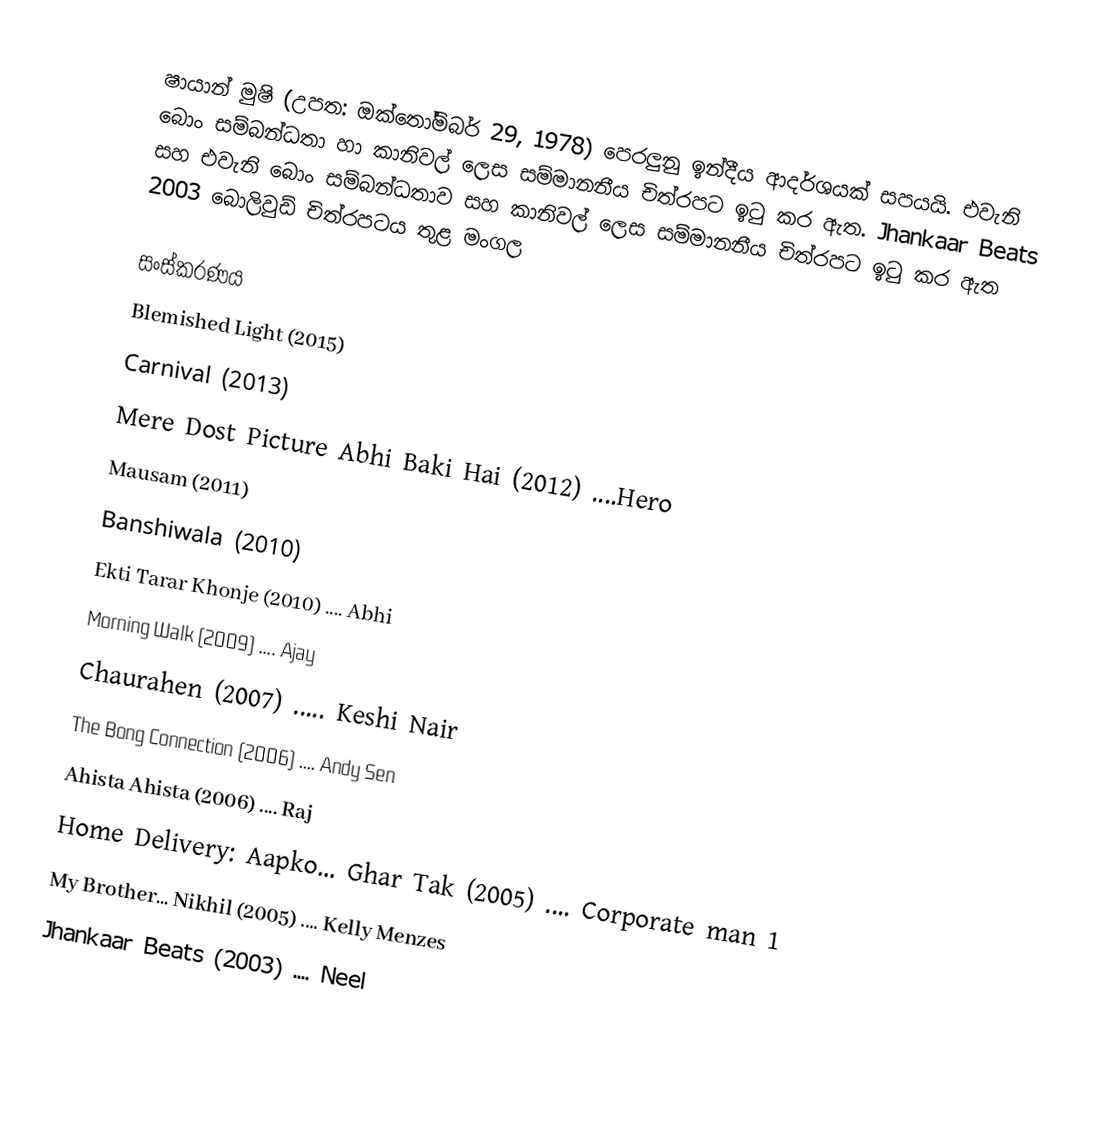
ෂායාන් මුෂි  	(උපත: ඔක්තෝම්බර් 29, 1978) පෙරලුනු ඉන්දීය ආදර්ශයක් සපයයි. එවැනි බොං සම්බන්ධතා හා කානිවල් ලෙස සම්මානනීය චිත්රපට ඉටු කර ඇත. Jhankaar Beats සහ එවැනි බොං සම්බන්ධතාව සහ කානිවල් ලෙස සම්මානනීය චිත්රපට ඉටු කර ඇත 2003 බොලිවුඩ් චිත්රපටය තුළ මංගල

සංස්කරණය
 Blemished Light (2015)
 Carnival (2013)
 Mere Dost Picture Abhi Baki Hai (2012) ....Hero
 Mausam (2011)
 Banshiwala (2010)
 Ekti Tarar Khonje (2010) .... Abhi
 Morning Walk (2009) .... Ajay
 Chaurahen (2007) ..... Keshi Nair
 The Bong Connection (2006) .... Andy Sen
 Ahista Ahista (2006) .... Raj
 Home Delivery: Aapko... Ghar Tak (2005) .... Corporate man 1
 My Brother... Nikhil (2005) .... Kelly Menzes
 Jhankaar Beats (2003) .... Neel